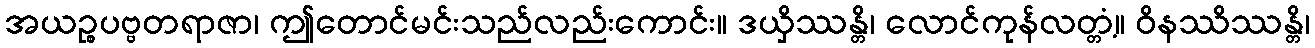
အယဉ္စပဗ္ဗတရာဇာ၊ ဤတောင်မင်းသည်လည်းကောင်း။ ဒယှိဿန္တိ၊ လောင်ကုန်လတ္တံ့။ ဝိနဿိဿန္တိ၊